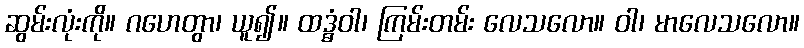
ဆွမ်းလုံးကို။ ဂဟေတွာ၊ ယူ၍။ ထဒ္ဓံဝါ၊ ကြမ်းတမ်း လေသလော။ ဝါ၊ မာလေသလော။